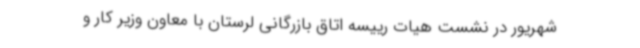
شهریور در نشست هیات رییسه اتاق بازرگانی لرستان با معاون وزیر کار و